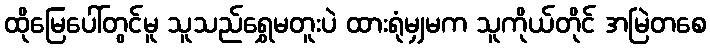
ထိုမြေပေါ်တွင်မူ သူသည်ရွှေမတူးပဲ ထားရုံမျှမက သူကိုယ်တိုင် အမြဲတစေ